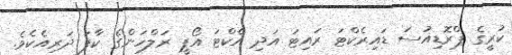
ކުރީގެ ޕްރޮޑިއުސަ ޑައިރެކްޓަ ރައިޓަ އަދި އެކްޓަ އޯޕީ ރަލްހަންގެ ކާފަ ދަރިއެކެވެ.